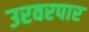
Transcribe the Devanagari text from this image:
उरवरपार